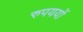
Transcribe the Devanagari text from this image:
रुपययों